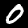
Digit: 0